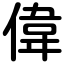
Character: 偉